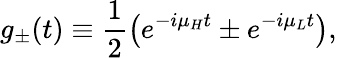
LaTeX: g_{\pm}(t)\equiv\frac{1}{2}\left(e^{-i\mu_{H}t}\pm e^{-i\mu_{L}t}\right),